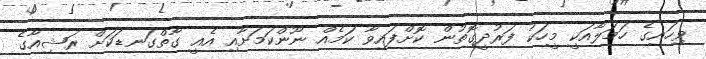
ވިހައިގެ ހަމަލާއަކީ މީހަކު ފަރުދީގޮތުން ކޮށްފައިވާ ކަމެއް ނޫންކަމަށާއި އެއީ ގާތްގަނޑަކަށް ރަޝިއާގެ